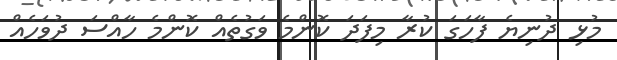
މުޅި ދުނިޔެ ފާހަގަ ކުރާ މިފަދަ ކޮންމެ ވަގުތެއް ކޮންމެ ހާއްސަ ދުވަހެއް